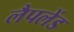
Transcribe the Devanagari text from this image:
लैपलेंड